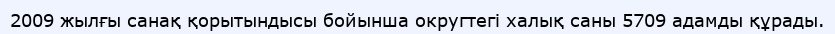
2009 жылғы санақ қорытындысы бойынша округтегі халық саны 5709 адамды құрады.